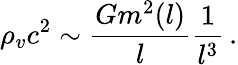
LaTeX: \rho_{v}c^{2}\sim\frac{Gm^{2}(l)}{l}\frac{1}{l^{3}}\, .